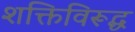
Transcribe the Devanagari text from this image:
शक्तिविरूद्ध